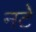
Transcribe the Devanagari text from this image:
नटे